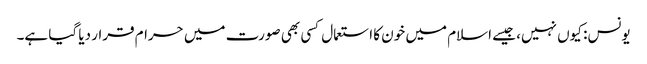
یونس: کیوں نہیں، جیسے اسلام میں خون کا استعمال کسی بھی صورت میں حرام قرار دیا گیا ہے۔